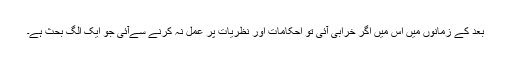
بعد کے زمانوں میں اس میں اگر خرابی آئی تو احکامات اور نظریات پر عمل نہ کرنے سےآئی جو ایک الگ بحث ہے۔